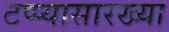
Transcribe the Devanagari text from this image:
टप्प्यासारख्या